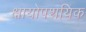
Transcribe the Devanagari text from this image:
क्षायोपशयिक